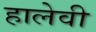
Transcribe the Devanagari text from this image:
हालेवी